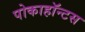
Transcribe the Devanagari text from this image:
पोकाहॉन्टस